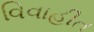
વિવાહીત